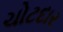
ચોટદાર